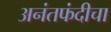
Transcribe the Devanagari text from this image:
अनंतफंदीचा